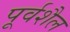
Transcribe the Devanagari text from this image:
पूर्वशैल